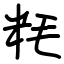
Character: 粍